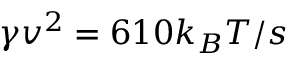
\gamma v ^ { 2 } = 6 1 0 k _ { B } T / s